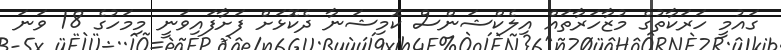
ގައުމީ ހަރަކާތުގެ މުޒާހަރާތައް އިލެކްޝަންސް ކޮމިޝަނާ ދެކޮޅަށް ފަށާފައިވަނީ މިމަހުގެ 18 ވަނަ